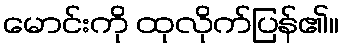
မောင်းကို ထုလိုက်ပြန်၏။